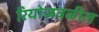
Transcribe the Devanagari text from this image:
रियोजवळील